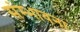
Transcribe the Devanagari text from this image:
संम्भावना